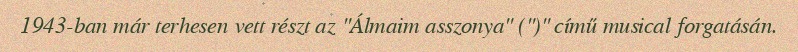
1943-ban már terhesen vett részt az "Álmaim asszonya" (")" című musical forgatásán.